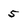
Character: 5